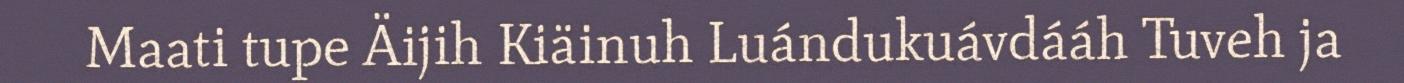
Maati tupe Äijih Kiäinuh Luándukuávdááh Tuveh ja